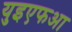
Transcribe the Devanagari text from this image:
युइएफआ